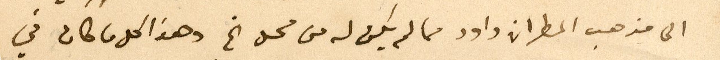
الى مذهب المطران داود مما لم يكن له من محل الخ وهذا كل ما كان في